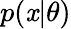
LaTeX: p(\mathit{x}|\theta)